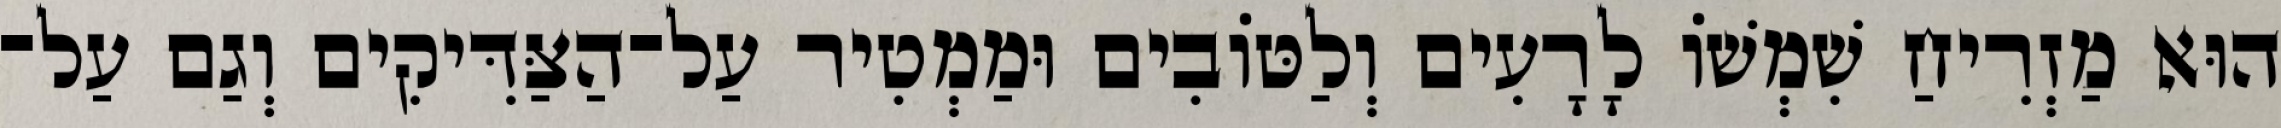
הוּא מַזְרִיחַ שִׁמְשׁוֹ לָרָעִים וְלַטּוֹבִים וּמַמְטִיר עַל־הַצַּדִּיקִים וְגַם עַל־